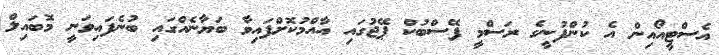
އެސްޓީއޯއިން އެ ކުންފުނީގެ ރަސްމީ ފޭސްބުކް ޕޭޖުގައި އާއްމުކޮށްފައިވާ ބަޔާނެއްގައި ބުނެފައިވަނީ މޮބައިލް